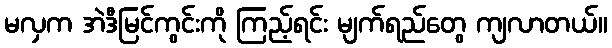
မလှက အဲဒီမြင်ကွင်းကို ကြည့်ရင်း မျက်ရည်တွေ ကျလာတယ်။